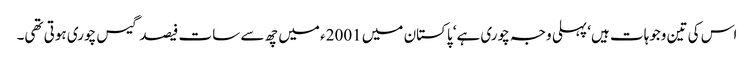
اس کی تین وجوہات ہیں‘ پہلی وجہ چوری ہے‘ پاکستان میں 2001ء میں چھ سے سات فیصد گیس چوری ہوتی تھی۔